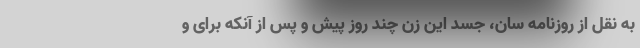
به نقل از روزنامه سان، جسد این زن چند روز پیش و پس از آنکه برای و